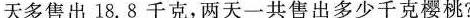
天多售出18.8千克，两天一共售出多少千克樱桃？